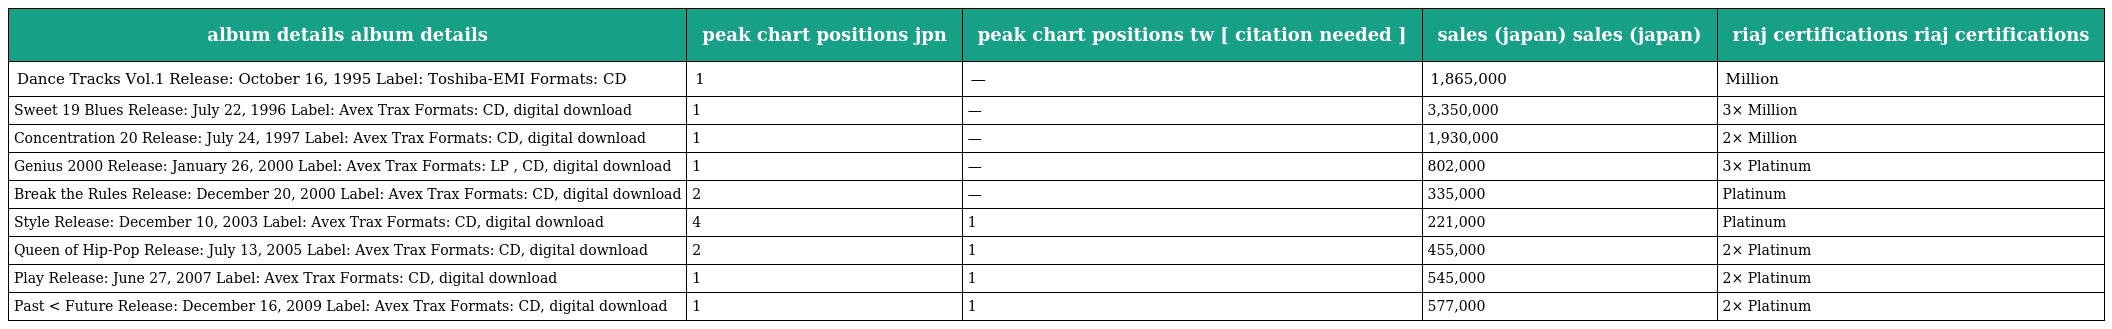
| album details album details | peak chart positions jpn | peak chart positions tw [ citation needed ] | sales (japan) sales (japan) | riaj certifications riaj certifications |
 | --- | --- | --- | --- | --- |
 | Dance Tracks Vol.1 Release: October 16, 1995 Label: Toshiba-EMI Formats: CD | 1 | — | 1,865,000 | Million |
 | Sweet 19 Blues Release: July 22, 1996 Label: Avex Trax Formats: CD, digital download | 1 | — | 3,350,000 | 3× Million |
 | Concentration 20 Release: July 24, 1997 Label: Avex Trax Formats: CD, digital download | 1 | — | 1,930,000 | 2× Million |
 | Genius 2000 Release: January 26, 2000 Label: Avex Trax Formats: LP , CD, digital download | 1 | — | 802,000 | 3× Platinum |
 | Break the Rules Release: December 20, 2000 Label: Avex Trax Formats: CD, digital download | 2 | — | 335,000 | Platinum |
 | Style Release: December 10, 2003 Label: Avex Trax Formats: CD, digital download | 4 | 1 | 221,000 | Platinum |
 | Queen of Hip-Pop Release: July 13, 2005 Label: Avex Trax Formats: CD, digital download | 2 | 1 | 455,000 | 2× Platinum |
 | Play Release: June 27, 2007 Label: Avex Trax Formats: CD, digital download | 1 | 1 | 545,000 | 2× Platinum |
 | Past < Future Release: December 16, 2009 Label: Avex Trax Formats: CD, digital download | 1 | 1 | 577,000 | 2× Platinum |